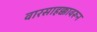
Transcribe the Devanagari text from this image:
वारसाहक्कावरून